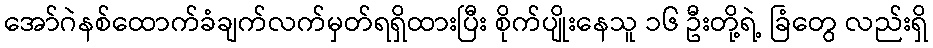
အော်ဂဲနစ်ထောက်ခံချက်လက်မှတ်ရရှိထားပြီး စိုက်ပျိုးနေသူ ၁၆ ဦးတို့ရဲ့ ခြံတွေ လည်းရှိ